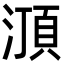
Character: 㴿